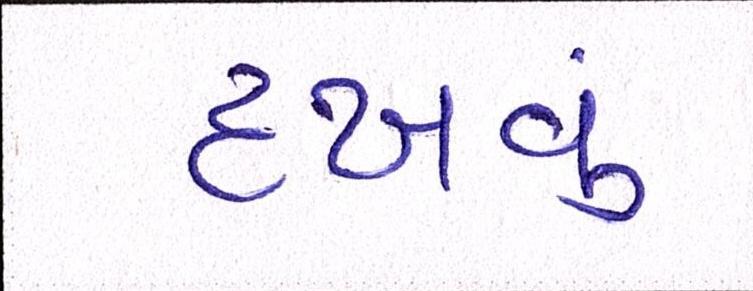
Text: દઃખવું